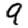
Digit: 9